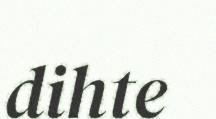
dihte